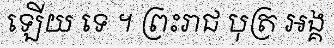
ឡើយ ទេ ។ ព្រះរាជ បុត្រ អង្គ